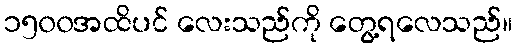
၁၅၀၀အထိပင် လေးသည်ကို တွေ့ရလေသည်။